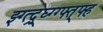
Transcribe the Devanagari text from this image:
झ्ग्त्द्र्घ्ग्ग्फ्त्फ्ह